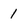
Character: 1